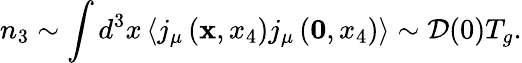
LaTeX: n_{3}\sim\int d^{3}x\left<j_{\mu}\left({\mathbf x},x_{4}\right)j_{\mu}\left({\mathbf 0},x_{4}\right)\right>\sim{\cal D}(0)T_{g}.